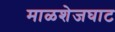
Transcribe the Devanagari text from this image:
माळशेजघाट